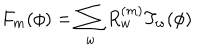
LaTeX: F _ { m } ( \phi ) = \sum _ { w } R _ { w } ^ { ( m ) } T _ { w } ( \phi )